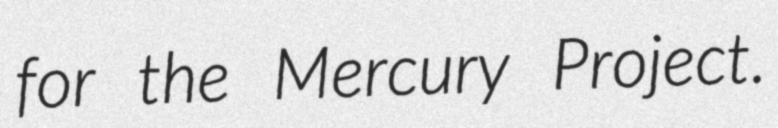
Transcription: for the Mercury Project.